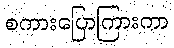
စကားပြောကြားကာ